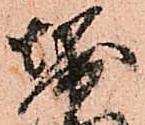
堀